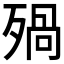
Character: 𣨱